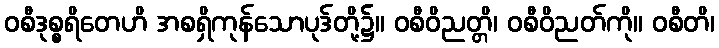
ဝစီဒုစ္စရိတေဟိ အစရှိကုန်သောပုဒ်တို့၌။ ဝစီဝိညတ္တိ၊ ဝစီဝိညတ်ကို။ ဝစီတိ၊